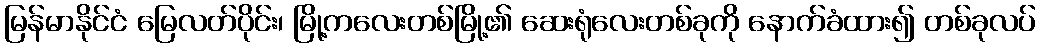
မြန်မာနိုင်ငံ မြေလတ်ပိုင်း၊ မြို့ကလေးတစ်မြို့၏ ဆေးရုံလေးတစ်ခုကို နောက်ခံထား၍ တစ်ခုလပ်